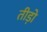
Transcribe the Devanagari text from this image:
तीड़ो